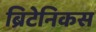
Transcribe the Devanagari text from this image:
ब्रिटेनिकस